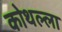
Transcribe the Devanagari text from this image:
कोथल्ला